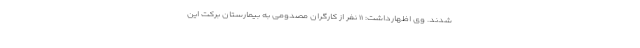
شدند. وی اظهارداشت: ۱۱ نفر از کارگران مصدومی به بیمارستان برکت این